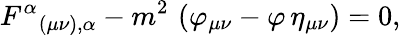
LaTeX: F^{\alpha}{}_{(\mu\nu),\alpha}-m^{2}\, \left(\varphi_{\mu\nu}-\varphi\, \eta_{\mu\nu}\right)=0,